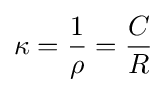
\kappa ={\frac {1}{\rho }}={\frac {C}{R}}